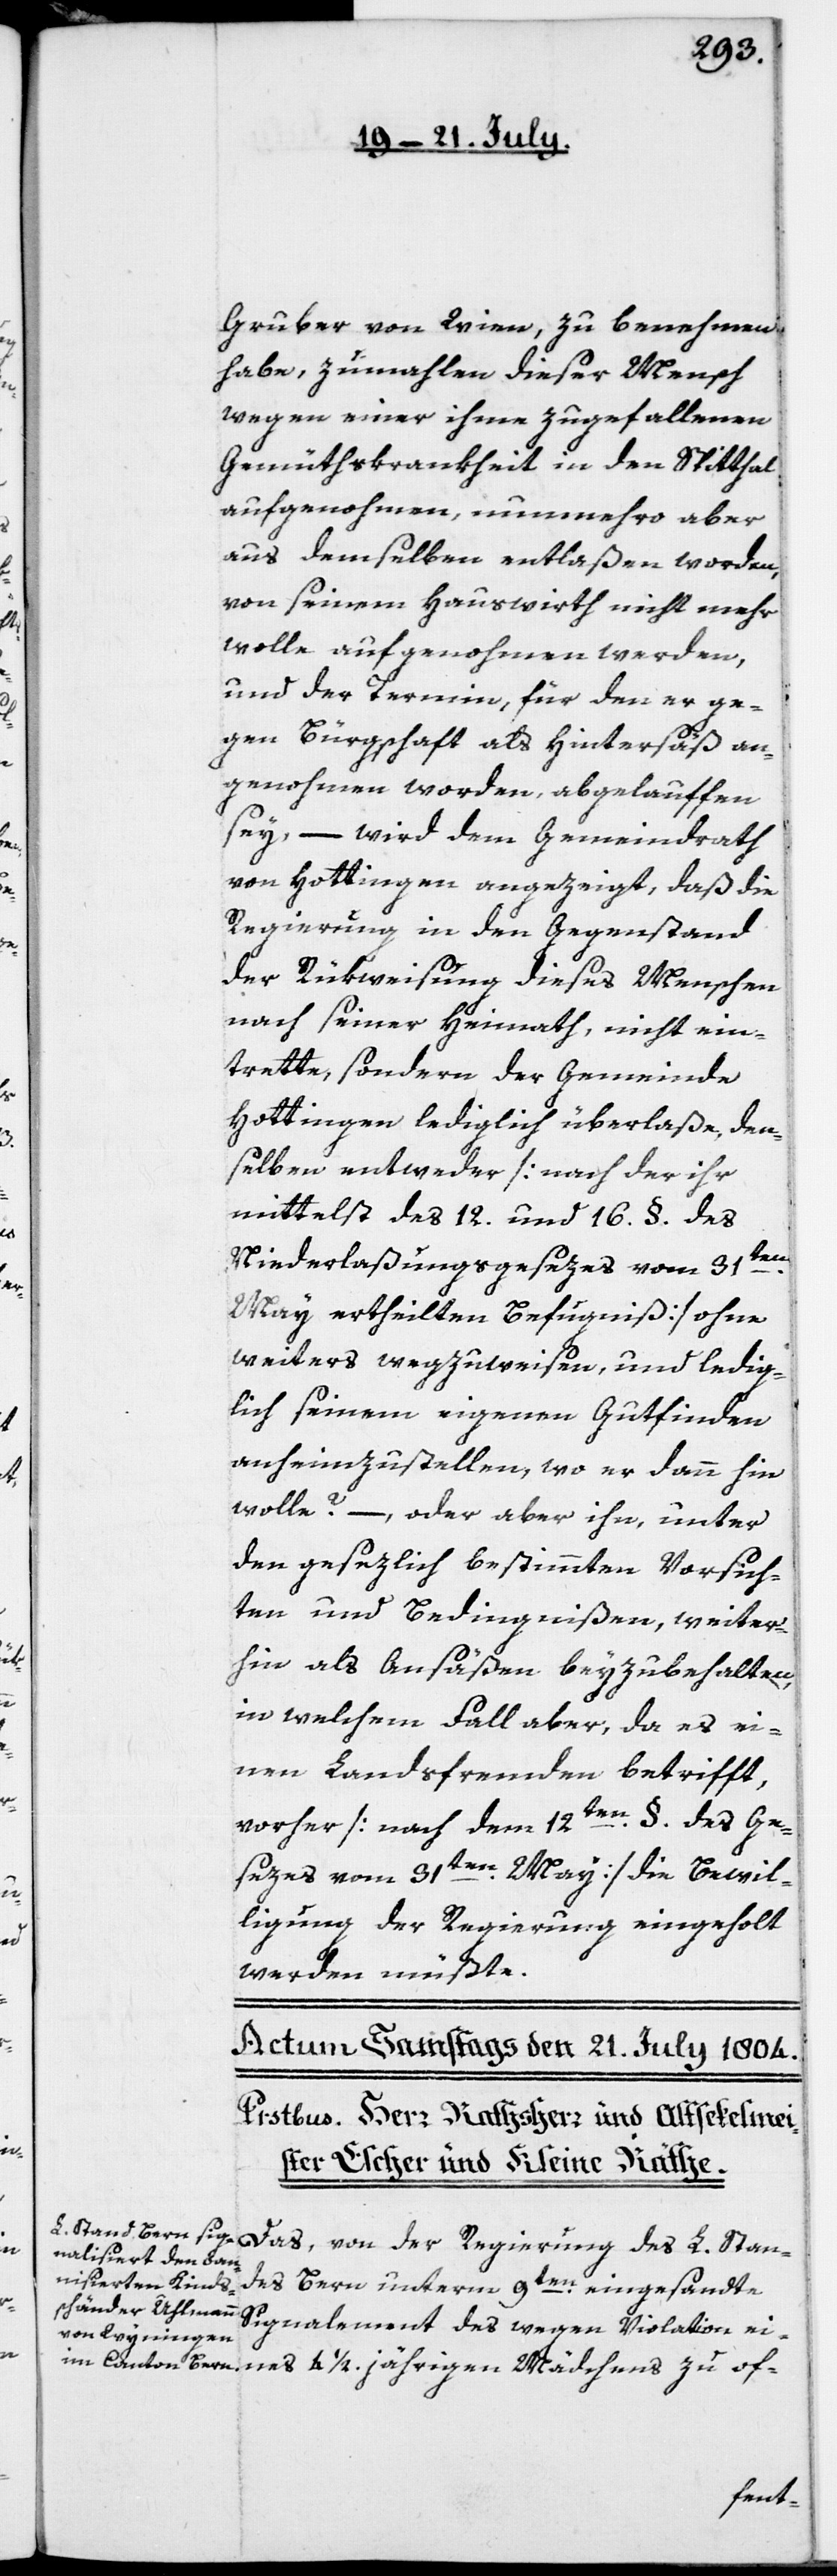
Gruber von Wien, zu benehmen
habe, zumahlen dieser Mensch
wegen einer ihme zugefallenen
Gemüthskrankheit in den Spitthal
aufgenohmen, nunmehro aber
aus demselben entlaßen worden,
von seinem Hauswirth nicht mehr
wolle aufgenohmen werden,
und der Termin, für den er ge¬
gen Bürgschaft als Hintersäß an¬
genohmen worden, abgelauffen
sey, – wird dem Gemeindrath
von Hottingen angezeigt, daß die
Regierung in den Gegenstand
der Rükweisung dieses Menschen
nach seiner Heimath, nicht ein¬
trette, sondern der Gemeinde
Hottingen lediglich überlaße, den¬
selben entweder [nach der ihr
mittelst des 12. und 16. § des
Stan¬
Niederlaßungsgesezes vom 31ten
May ertheilten Befugniß] ohne
weiters wegzuweisen und ledig¬
lich seinem eigenen Gutfinden
anheimzustellen, wo er dann hin
wolle? –, oder aber ihn, unter
den gesezlich bestimmten Vorsich¬
ten und Bedingnißen, weiter¬
hin als Ansäßen beyzubehalten,
in welchem Fall aber, da es ei¬
nen Landsfremden betrifft,
vorher [nach dem 12ten §. des Ge¬
sezes vom 31ten May] die Bewil¬
ligung der Regierung eingeholt
werden müßte.
nes
des Bern unterm 9ten eingesandte
Signalement des wegen Violation ei¬